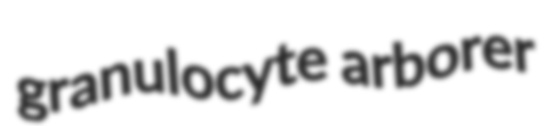
granulocyte arborer